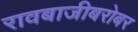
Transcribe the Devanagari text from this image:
रावबाजीबरोबर